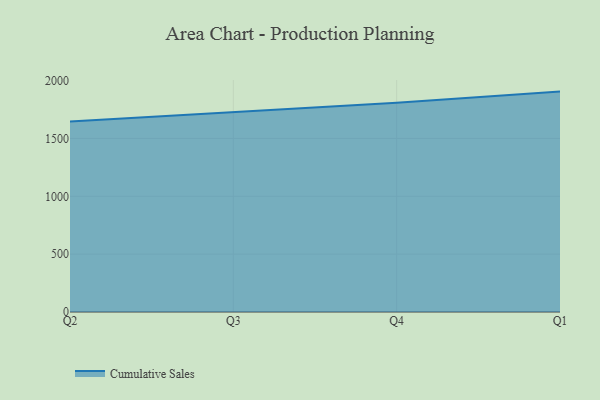
{"axis": {"x": "Quarter", "y": "Budget (USD K)"}, "legend": ["Cumulative Sales"], "data": [{"x": "Q2", "y": 1645.7, "type": "Cumulative Sales"}, {"x": "Q3", "y": 1728.2, "type": "Cumulative Sales"}, {"x": "Q4", "y": 1807.8, "type": "Cumulative Sales"}, {"x": "Q1", "y": 1905.0, "type": "Cumulative Sales"}]}